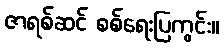
ဇာရစ်ဆင် စစ်ရေးပြကွင်း။